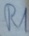
Text: R1